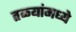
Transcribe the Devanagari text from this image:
तळ्यांमध्ये